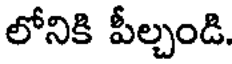
లోనికి పీల్చండి.